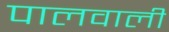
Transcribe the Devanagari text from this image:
पालवाली